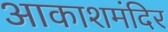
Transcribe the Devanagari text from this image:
आकाशमंदिर